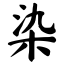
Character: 染